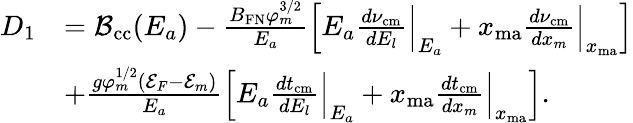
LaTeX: \begin{array}{rl}{D_{1}}&{={\cal B}_{\mathrm{cc}}(E_{a})-\frac{B_{\mathrm{FN}}\varphi_{m}^{3/2}}{E_{a}}\left[E_{a}\frac{d\nu_{\mathrm{cm}}}{dE_{l}}\Big|_{E_{a}}+x_{\mathrm{ma}}\frac{d\nu_{\mathrm{cm}}}{dx_{m}}\Big|_{x_{\mathrm{ma}}}\right]}\\ &{+\frac{g\varphi_{m}^{1/2}({\cal E}_{F}-{\cal E}_{m})}{E_{a}}\left[E_{a}\frac{dt_{\mathrm{cm}}}{dE_{l}}\Big|_{E_{a}}+x_{\mathrm{ma}}\frac{dt_{\mathrm{cm}}}{dx_{m}}\Big|_{x_{\mathrm{ma}}}\right].}\end{array}